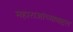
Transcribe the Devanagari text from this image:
महाराजांच्याबद्दल